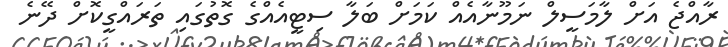
ރާއްޖެ އަށް ލާމަސީލް ނަމޫނާއެއް ކަމަށް ބަލާ ސިޓީއެއްގެ ގޮތުގައި ތަރައްގީކޮށް ދޭނެ